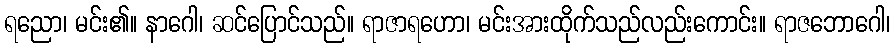
ရညော၊ မင်း၏။ နာဂေါ၊ ဆင်ပြောင်သည်။ ရာဇာရဟော၊ မင်းအားထိုက်သည်လည်းကောင်း။ ရာဇဘောဂေါ၊